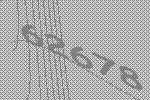
62678